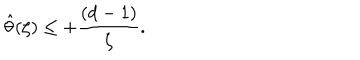
{ \hat { \theta } ( \zeta ) } \leq + { \frac { ( d - 1 ) } { \zeta } } .